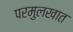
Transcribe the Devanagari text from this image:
परमुलखात